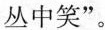
丛中笑”。